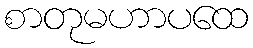
စာတုမဟာပထေ